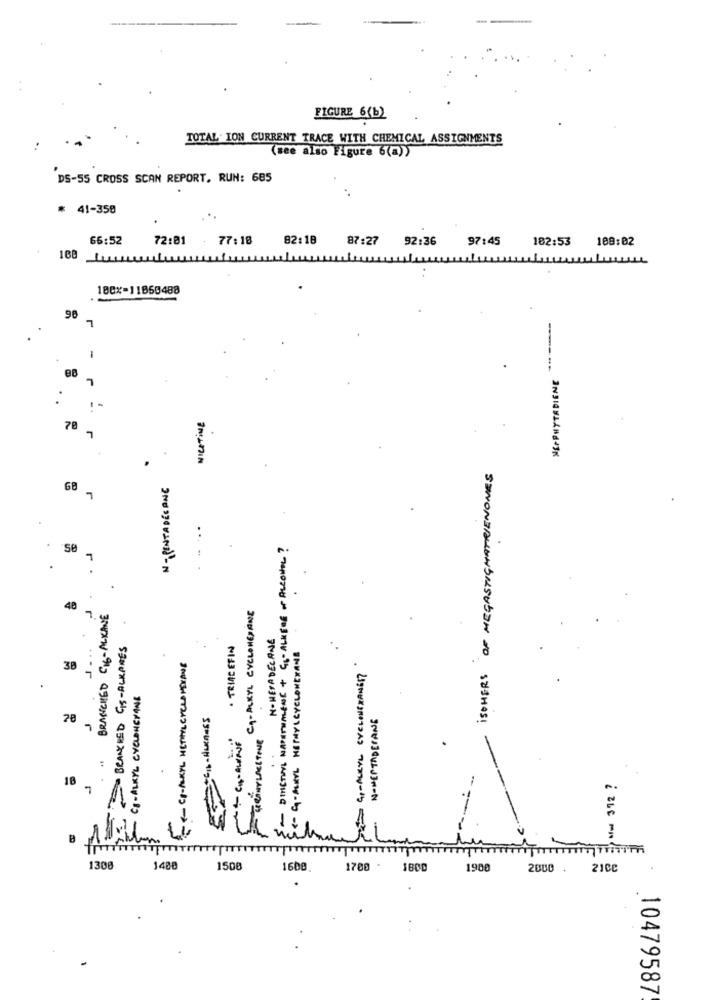
FIGURE 6(b)
TOTAL ION CURRENT TRACE WITH CHEMICAL ASSIGNMENTS
(see also Figure 6(a))
DS-55 CROSS SCAN REPORT. RUN: 685
..
* 41-358
66:52
72:01
77:18
82:18
87:27
92:36
97:45
182:53
109:02
168
100%-11060488
98
7
MSPPHYTADIENE
.
NICOTINE
78
ISOHERS OF MEGASTIGMATRIENONES
N -PENTADESANG
GB
7
-DISTUYL NAPSTUALENE + GO- ALKERE OF ALCOHOL?
WENNLAELTOUR CA-ALKYL CYCLONEDONE
40
BRANCHED CI6-ALKANE
M- HERADECANE
BRANCHED GS - ALKANES
. TRIAGEFIN
< C-ARYL HETHYLCYCLOHEXANE
--- C-ALKYL HETAL CYCLOHEXANE
GI-ALKYL CYCLOHEXANEST
38
CS- ALKYL CYCLONEPANE
NONEPTADERANG
J
18
Mw 372 ?
7
TTT
1308
1480
1500
1600.
1700 - 1800
1980
2000 .
21CC
10479587